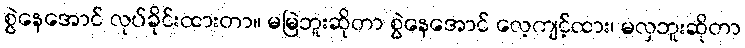
စွဲနေအောင် လုပ်ခိုင်းထားတာ။ မမြဲဘူးဆိုတာ စွဲနေအောင် လေ့ကျင့်ထား၊ မလှဘူးဆိုတာ